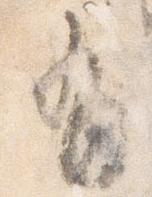
有